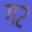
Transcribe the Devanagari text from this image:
ग२